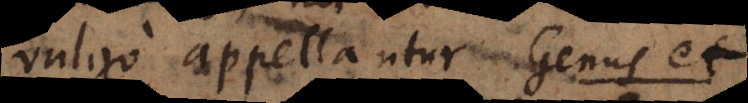
vulgo appellantur G e